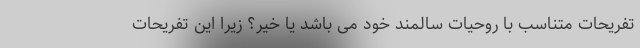
تفریحات متناسب با روحیات سالمند خود می باشد یا خیر؟ زیرا این تفریحات